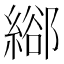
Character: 𦃛